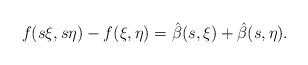
\begin{align*} f(s\xi,s\eta)-f(\xi,\eta)=\hat\beta(s,\xi)+\hat\beta(s,\eta).\end{align*}